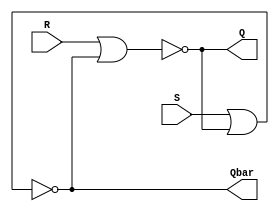
module SR_latch (
input R,
input S,
output Q,
output Qbar
);
 
nor (Q, R, Qbar); 
nor (Qbar, S, Q); 

endmodule